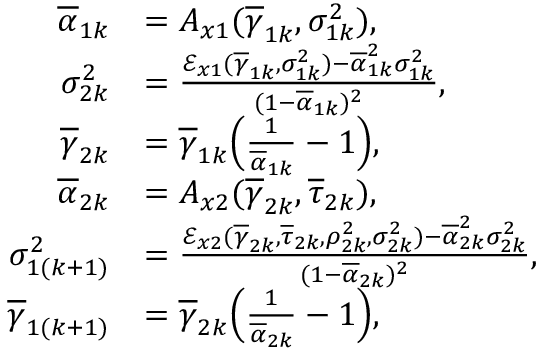
\begin{array} { r l } { \overline { { \alpha } } _ { 1 k } } & { = A _ { x 1 } ( \overline { { \gamma } } _ { 1 k } , \sigma _ { 1 k } ^ { 2 } ) , } \\ { \sigma _ { 2 k } ^ { 2 } } & { = \frac { \mathcal { E } _ { x 1 } ( \overline { { \gamma } } _ { 1 k } , \sigma _ { 1 k } ^ { 2 } ) - \overline { { \alpha } } _ { 1 k } ^ { 2 } \sigma _ { 1 k } ^ { 2 } } { ( 1 - \overline { { \alpha } } _ { 1 k } ) ^ { 2 } } , } \\ { \overline { { \gamma } } _ { 2 k } } & { = \overline { { \gamma } } _ { 1 k } \Big ( \frac { 1 } { \overline { { \alpha } } _ { 1 k } } - 1 \Big ) , } \\ { \overline { { \alpha } } _ { 2 k } } & { = A _ { x 2 } ( \overline { { \gamma } } _ { 2 k } , \overline { { \tau } } _ { 2 k } ) , } \\ { \sigma _ { 1 ( k + 1 ) } ^ { 2 } } & { = \frac { \mathcal { E } _ { x 2 } ( \overline { { \gamma } } _ { 2 k } , \overline { { \tau } } _ { 2 k } , \rho _ { 2 k } ^ { 2 } , \sigma _ { 2 k } ^ { 2 } ) - \overline { { \alpha } } _ { 2 k } ^ { 2 } \sigma _ { 2 k } ^ { 2 } } { ( 1 - \overline { { \alpha } } _ { 2 k } ) ^ { 2 } } , } \\ { \overline { { \gamma } } _ { 1 ( k + 1 ) } } & { = \overline { { \gamma } } _ { 2 k } \Big ( \frac { 1 } { \overline { { \alpha } } _ { 2 k } } - 1 \Big ) , } \end{array}